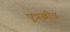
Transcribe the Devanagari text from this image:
पुत्रञ्जीव